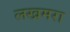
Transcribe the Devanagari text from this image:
लखमरा